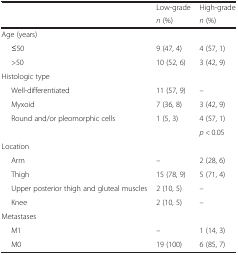
<table><thead><tr><td rowspan="2"></td><td><b>Low-grade</b></td><td><b>High-grade</b></td></tr><tr><td><b><i>n</i> (%)</b></td><td><b><i>n</i> (%)</b></td></tr></thead><tbody><tr><td colspan="3">Age (years)</td></tr><tr><td>≤50</td><td>9 (47, 4)</td><td>4 (57, 1)</td></tr><tr><td>&gt;50</td><td>10 (52, 6)</td><td>3 (42, 9)</td></tr><tr><td colspan="3">Histologic type</td></tr><tr><td>Well-differentiated</td><td>11 (57, 9)</td><td>–</td></tr><tr><td>Myxoid</td><td>7 (36, 8)</td><td>3 (42, 9)</td></tr><tr><td>Round and/or pleomorphic cells</td><td>1 (5, 3)</td><td>4 (57, 1)</td></tr><tr><td></td><td></td><td><i>p &lt;</i> 0.05</td></tr><tr><td colspan="3">Location</td></tr><tr><td>Arm</td><td>–</td><td>2 (28, 6)</td></tr><tr><td>Thigh</td><td>15 (78, 9)</td><td>5 (71, 4)</td></tr><tr><td>Upper posterior thigh and gluteal muscles</td><td>2 (10, 5)</td><td>–</td></tr><tr><td>Knee</td><td>2 (10, 5)</td><td>–</td></tr><tr><td colspan="3">Metastases</td></tr><tr><td>M1</td><td>–</td><td>1 (14, 3)</td></tr><tr><td>M0</td><td>19 (100)</td><td>6 (85, 7)</td></tr></tbody></table>